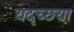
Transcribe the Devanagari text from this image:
यदृच्छया